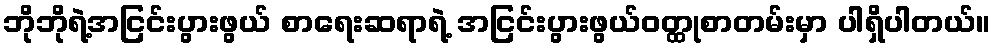
ဘိုဘိုရဲ့အငြင်းပွားဖွယ် စာရေးဆရာရဲ့ အငြင်းပွားဖွယ်ဝတ္ထုစာတမ်းမှာ ပါရှိပါတယ်။